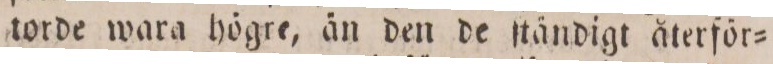
torde wara högre, än den de ſtändigt återför=